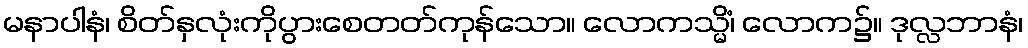
မနာပါနံ၊ စိတ်နှလုံးကိုပွားစေတတ်ကုန်သော။ လောကသ္မိံ၊ လောက၌။ ဒုလ္လဘာနံ၊